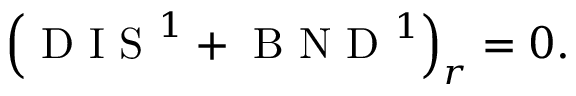
\left( \mathrm { ~ D ~ I ~ S ~ } ^ { 1 } + \mathrm { ~ B ~ N ~ D ~ } ^ { 1 } \right) _ { r } = 0 .